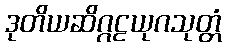
ဒုတိယဆိဂ္ဂဠယုဂသုတ္တံ